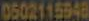
0502115548